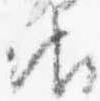
御